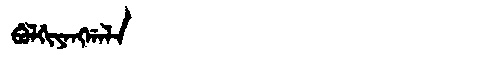
Manchu: ᠪᡠᠯᡤᡳᠶᠠᠩᡤᠠᠯᠠ
Romanization: BULGIYANGGALA